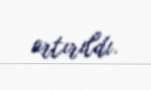
artırıldı.